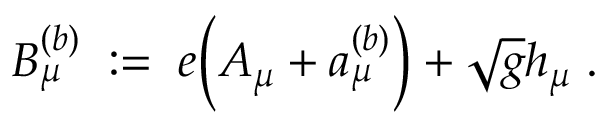
B _ { \mu } ^ { ( b ) } \; : = \; e \Big ( A _ { \mu } + a _ { \mu } ^ { ( b ) } \Big ) + \sqrt { g } h _ { \mu } \; .